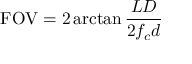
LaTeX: \mathrm { F O V } = 2 \arctan { \frac { L D } { 2 f _ { c } d } }